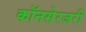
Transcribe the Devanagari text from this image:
कॉनसेरजरी